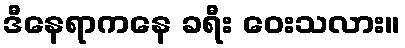
ဒီနေရာကနေ ခရီး ဝေးသလား။